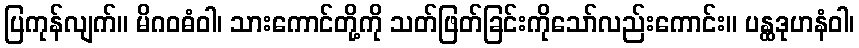
ပြကုန်လျက်။ မိဂဝဓံဝါ၊ သားကောင်တို့ကို သတ်ဖြတ်ခြင်းကိုသော်လည်းကောင်း။ ပန္ထဒုဟနံဝါ၊